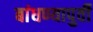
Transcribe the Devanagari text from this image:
बांधण्यापुर्वी